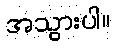
အသွားပါ။